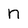
Character: n